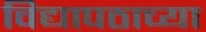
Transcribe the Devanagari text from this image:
विद्यापठाच्या